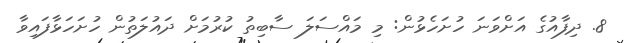
8. ދިފާއުގެ އަށްވަނަ ހުށަހެޅުން: މި މައްސަލަ ސާބިތު ކުރުމަށް ދައުލަތުން ހުށަހަޅާފައިވާ